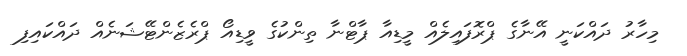
މިހާރު ދައްކަނީ އޭނާގެ ޕްރޮފައިލެއް މީޑިއާ ޕާޓްނާ ތިންކުގެ ވީޑިއޯ ޕްރެޒެންޓޭޝަނެއް ދައްކައިފި